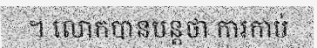
។ លោកបានបន្តថា ការកាប់